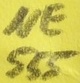
Text: NE555